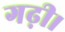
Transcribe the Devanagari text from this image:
गढ़ी।